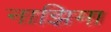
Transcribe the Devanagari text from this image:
नाझिमा